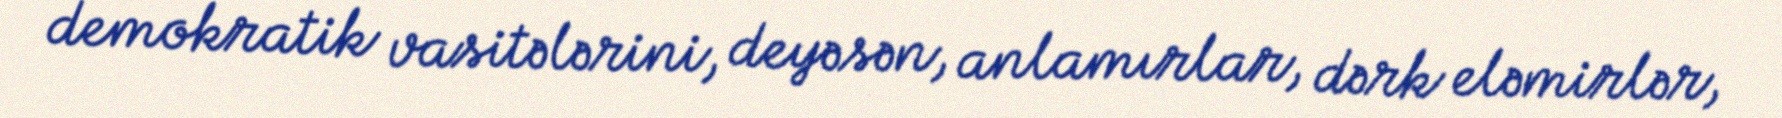
demokratik vasitələrini, deyəsən, anlamırlar, dərk eləmirlər,